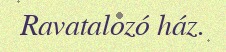
Ravatalozó ház.